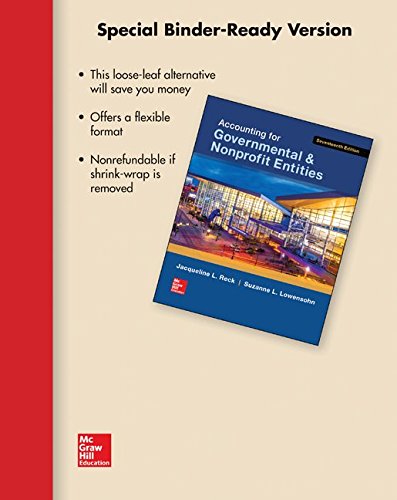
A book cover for Loose-Leaf for Accounting for Governmental & Nonprofit Entities; Jacqueline Reck; Business & Money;